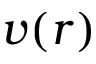
v ( r )